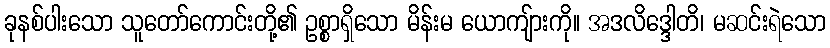
ခုနစ်ပါးသော သူတော်ကောင်းတို့၏ ဥစ္စာရှိသော မိန်းမ ယောကျ်ားကို။ အဒလိဒ္ဒေါတိ၊ မဆင်းရဲသော